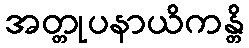
အတ္တုပနာယိကန္တိ